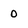
Character: 0